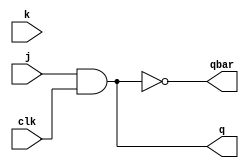
module jkff_structural(q,qbar,clk,j,k);
input j,k,clk;
output q,qbar;
wire nand1_out; // output from nand1
wire nand2_out; // output from nand2
//temporary wires
wire x,xbar,y,ybar;
wire a,b,c,d;
assign a =1'b0;// assumed previous state of q as '0'
assign b=1'b1;// assumed previous state of qbar as '1'
nand(x,clk,b);
not(xbar,x);
nand(nand1_out,j,xbar);//nand1
nand(y,clk,a);
not(ybar,y);
nand(nand2_out,k,ybar);//nand2
nand(c,b,nand1_out);//nand3
nand(d,a,nand2_out);//nand4
assign q = c; 
assign qbar =~q; 
endmodule